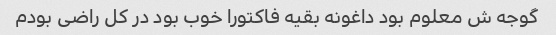
گوجه ش معلوم بود داغونه بقیه فاکتورا خوب بود در کل راضی بودم